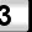
Digit: 3